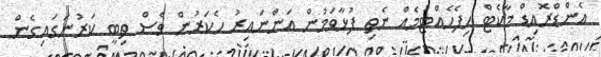
އެންޑްރޮއިޑް މާކެޓް ހިފެހެއްޓުމެއް ނެތި ފުޅާވަމުން އަންނައިރު ހެކަރުން ވެސް ތިބީ ކަރުނަގައިގެން